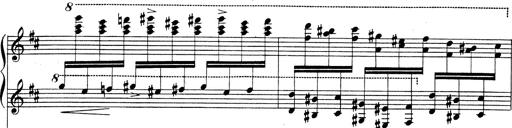
Title: Rhapsodie espagnole
Composer: Franz Liszt